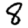
Digit: 8